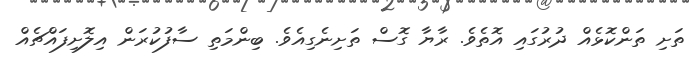
ތަށި ތަންކޮޅެއް ދުރުގައި އޮތެވެ. ރާޔާ ގޮސް ތަށިނެގިއެވެ. ބިންމަތި ސާފުކުރަން އިލޮށިފައްޗެއް